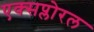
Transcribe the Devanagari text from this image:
एक्सप्लोरल